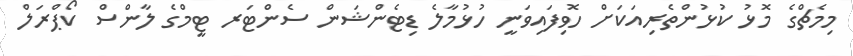
މިމެޗްގެ މޮޅު ކުޅުންތެރިއަކަށް ހޮވިފައިވަނީ ހުޅުމާލެ ޑިޓެންޝަން ސެންޓަރ ޓީމްގެ ލާންސް ކޯޕްރަލް